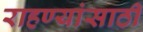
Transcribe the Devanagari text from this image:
राहण्यांसाठी